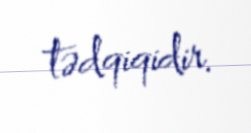
tədqiqidir.